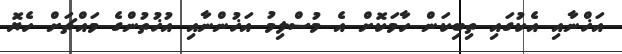
އަޚްނާއި އެކުގައި ތިބިކަން ހާމަކޮށް އެ މުސްލިމު އަޚުންނާއި އުޚުތުންގެ މައްޗަށް ހެޔޮ